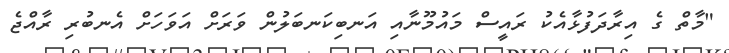
"މާތް ގެ އިރާދަފުޅާއެކު ރައީސް މައުމޫނާއި އަނބިކަނބަލުން ވަރަށް އަވަހަށް އެނބުރި ރާއްޖެ